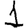
Digit: 1